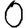
Digit: 0